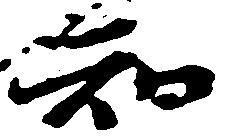
知